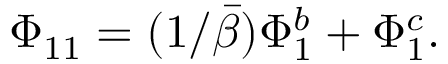
\Phi _ { 1 1 } = ( 1 / \bar { \beta } ) \Phi _ { 1 } ^ { b } + \Phi _ { 1 } ^ { c } .